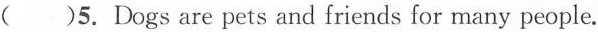
()5.Dogs are pets and friends for many people.